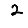
Digit: 2